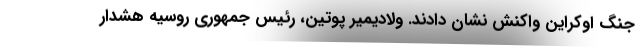
جنگ اوکراین واکنش نشان دادند. ولادیمیر پوتین، رئیس جمهوری روسیه هشدار